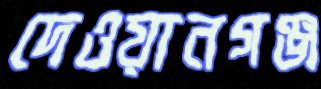
দেওয়ানগঞ্জ